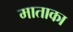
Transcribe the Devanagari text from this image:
माताका